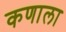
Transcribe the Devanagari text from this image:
कणाला